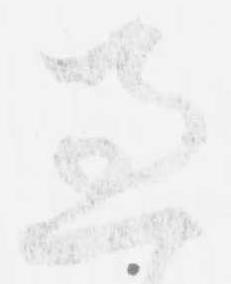
過